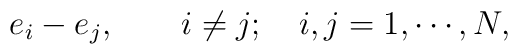
{e_i-e_j,\quad\quad i\neq j;\quad i,j=1,\cdots,N,}